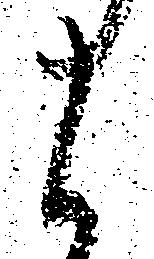
候